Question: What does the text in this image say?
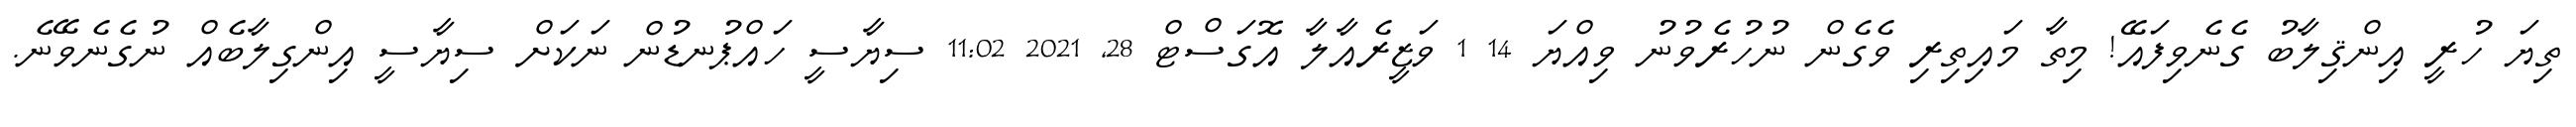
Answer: ތިޔަ ހުރީ އިންޤިލާބު ގެނެވިފައޭ! މިތާ މައިތިރި ވެގެން ނުހުރެވުނު ވިއްޔަ 14 1 ވަޒީރެއާލާ އޮގަސްޓް 28, 2021 11:02 ސިޔާސީ ހައްޕުނޑުން ނަކަށް ސިޔާސީ އިންގިލާބެއް ނުގެނެވޭނެ.